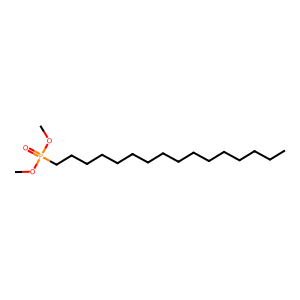
SMILES: CCCCCCCCCCCCCCCCP(=O)(OC)OC
Inhibits HIV replication: No